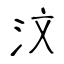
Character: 汶